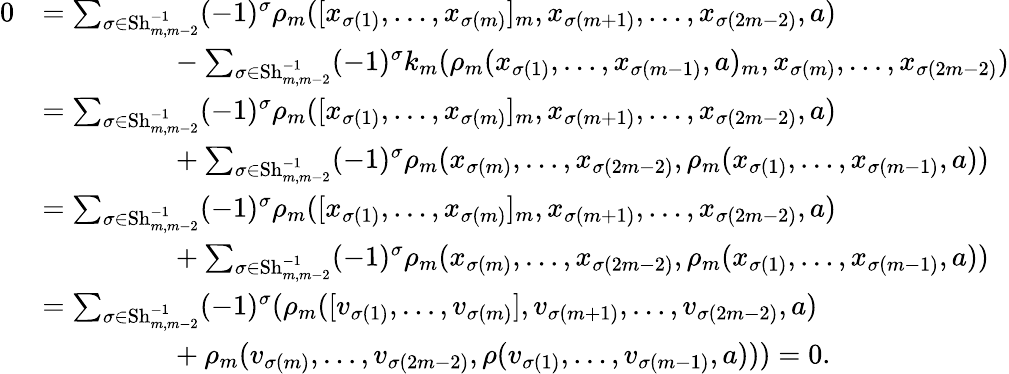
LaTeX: \begin{array}{rl}{0}&{=\sum_{\sigma\in\operatorname{Sh}_{m,m-2}^{-1}}(-1)^{\sigma}\rho_{m}([x_{\sigma(1)},\dotsc,x_{\sigma(m)}]_{m},x_{\sigma(m+1)},\dotsc,x_{\sigma(2m-2)},a)}\\ &{\ \ \ \ \ \ \ \ \ \ \ \ \ \ \ \ \ \ -\sum_{\sigma\in\operatorname{Sh}_{m,m-2}^{-1}}(-1)^{\sigma}k_{m}(\rho_{m}(x_{\sigma(1)},\dotsc,x_{\sigma(m-1)},a)_{m},x_{\sigma(m)},\dotsc,x_{\sigma(2m-2)})}\\ &{=\sum_{\sigma\in\operatorname{Sh}_{m,m-2}^{-1}}(-1)^{\sigma}\rho_{m}([x_{\sigma(1)},\dotsc,x_{\sigma(m)}]_{m},x_{\sigma(m+1)},\dotsc,x_{\sigma(2m-2)},a)}\\ &{\ \ \ \ \ \ \ \ \ \ \ \ \ \ \ \ \ \ +\sum_{\sigma\in\operatorname{Sh}_{m,m-2}^{-1}}(-1)^{\sigma}\rho_{m}(x_{\sigma(m)},\dotsc,x_{\sigma(2m-2)},\rho_{m}(x_{\sigma(1)},\dotsc,x_{\sigma(m-1)},a))}\\ &{=\sum_{\sigma\in\operatorname{Sh}_{m,m-2}^{-1}}(-1)^{\sigma}\rho_{m}([x_{\sigma(1)},\dotsc,x_{\sigma(m)}]_{m},x_{\sigma(m+1)},\dotsc,x_{\sigma(2m-2)},a)}\\ &{\ \ \ \ \ \ \ \ \ \ \ \ \ \ \ \ \ \ +\sum_{\sigma\in\operatorname{Sh}_{m,m-2}^{-1}}(-1)^{\sigma}\rho_{m}(x_{\sigma(m)},\dotsc,x_{\sigma(2m-2)},\rho_{m}(x_{\sigma(1)},\dotsc,x_{\sigma(m-1)},a))}\\ &{=\sum_{\sigma\in\operatorname{Sh}_{m,m-2}^{-1}}(-1)^{\sigma}(\rho_{m}([v_{\sigma(1)},\dotsc,v_{\sigma(m)}],v_{\sigma(m+1)},\dotsc,v_{\sigma(2m-2)},a)}\\ &{\ \ \ \ \ \ \ \ \ \ \ \ \ \ \ \ \ \ +\rho_{m}(v_{\sigma(m)},\dotsc,v_{\sigma(2m-2)},\rho(v_{\sigma(1)},\dotsc,v_{\sigma(m-1)},a)))=0.}\end{array}